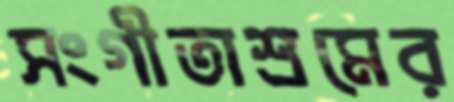
সংগীতাশ্রমের